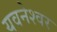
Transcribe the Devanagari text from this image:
यवनेश्वर